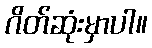
ဂိတ်ဆုံးမှာပါ။